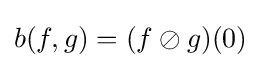
b(f,g)=(f\oslash g)(0)